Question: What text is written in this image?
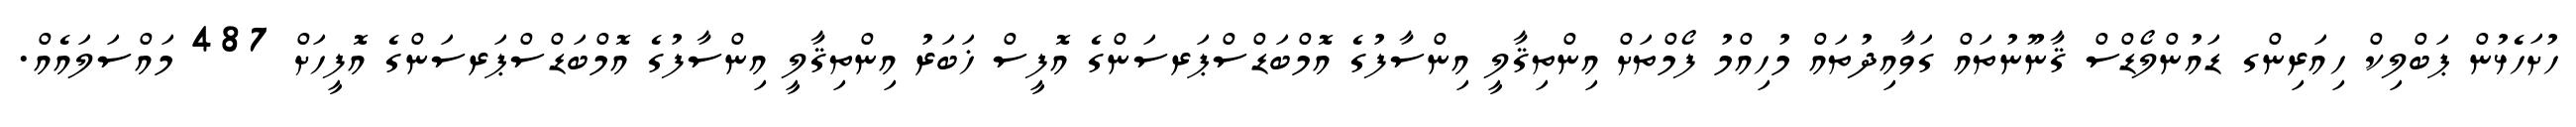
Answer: ހުށަހެޅުން ޕަބްލިކް ހިއަރިންގ ޑައުންލޯޑްސް ޤާނޫނުތައް ގަވާއިދުތައް މުހިއްމު ފޯމްތަށް އިންތިޤާލީ އިންސާފުގެ އޮމްބަޑްސްޕަރސަންގެ އޮފީސް ޚަބަރު އިންތިޤާލީ އިންސާފުގެ އޮމްބަޑްސްޕަރސަންގެ އޮފީހަށް 487 މައްސަލައެއް.